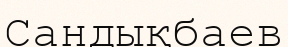
Сандықбаев